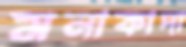
মনাকাদা